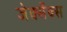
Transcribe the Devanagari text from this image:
जेर्क्सेक्स